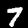
Digit: 7